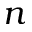
n